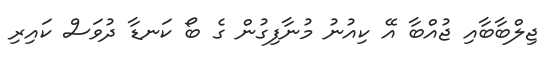
ޖިލްބާބާއި ޖުއްބާ އޭ ކިއުނު މުނާފިގުން ގެ ބޯ ކަނޑާ ދުވަސް ކައިރި